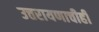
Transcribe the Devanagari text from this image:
उत्तरायणाचीही